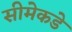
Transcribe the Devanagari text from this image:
सीमेकडे